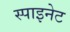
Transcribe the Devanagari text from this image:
स्पाइनेट